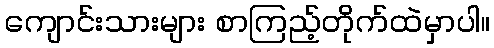
ကျောင်းသားများ စာကြည့်တိုက်ထဲမှာပါ။